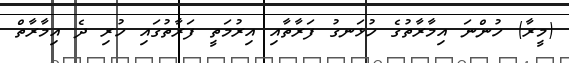
(މީރާ) ހުންނަ އިމާރާތުގެ ހުޅަނގު ފަރާތާއި އިރުމަތީ ފަރާތުގައި ހުރި ދެ އިމާރާތް